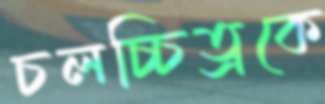
চলচ্চিত্রকে